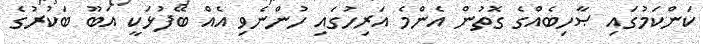
ކަންކަމުގައި ޞާހިބެއްގެ ގޮތުން އެންމެ އަރިހުގައި ހުންނެވި އެއް ބޭފުޅަކީ އަބޫ ބަކުރުގެ